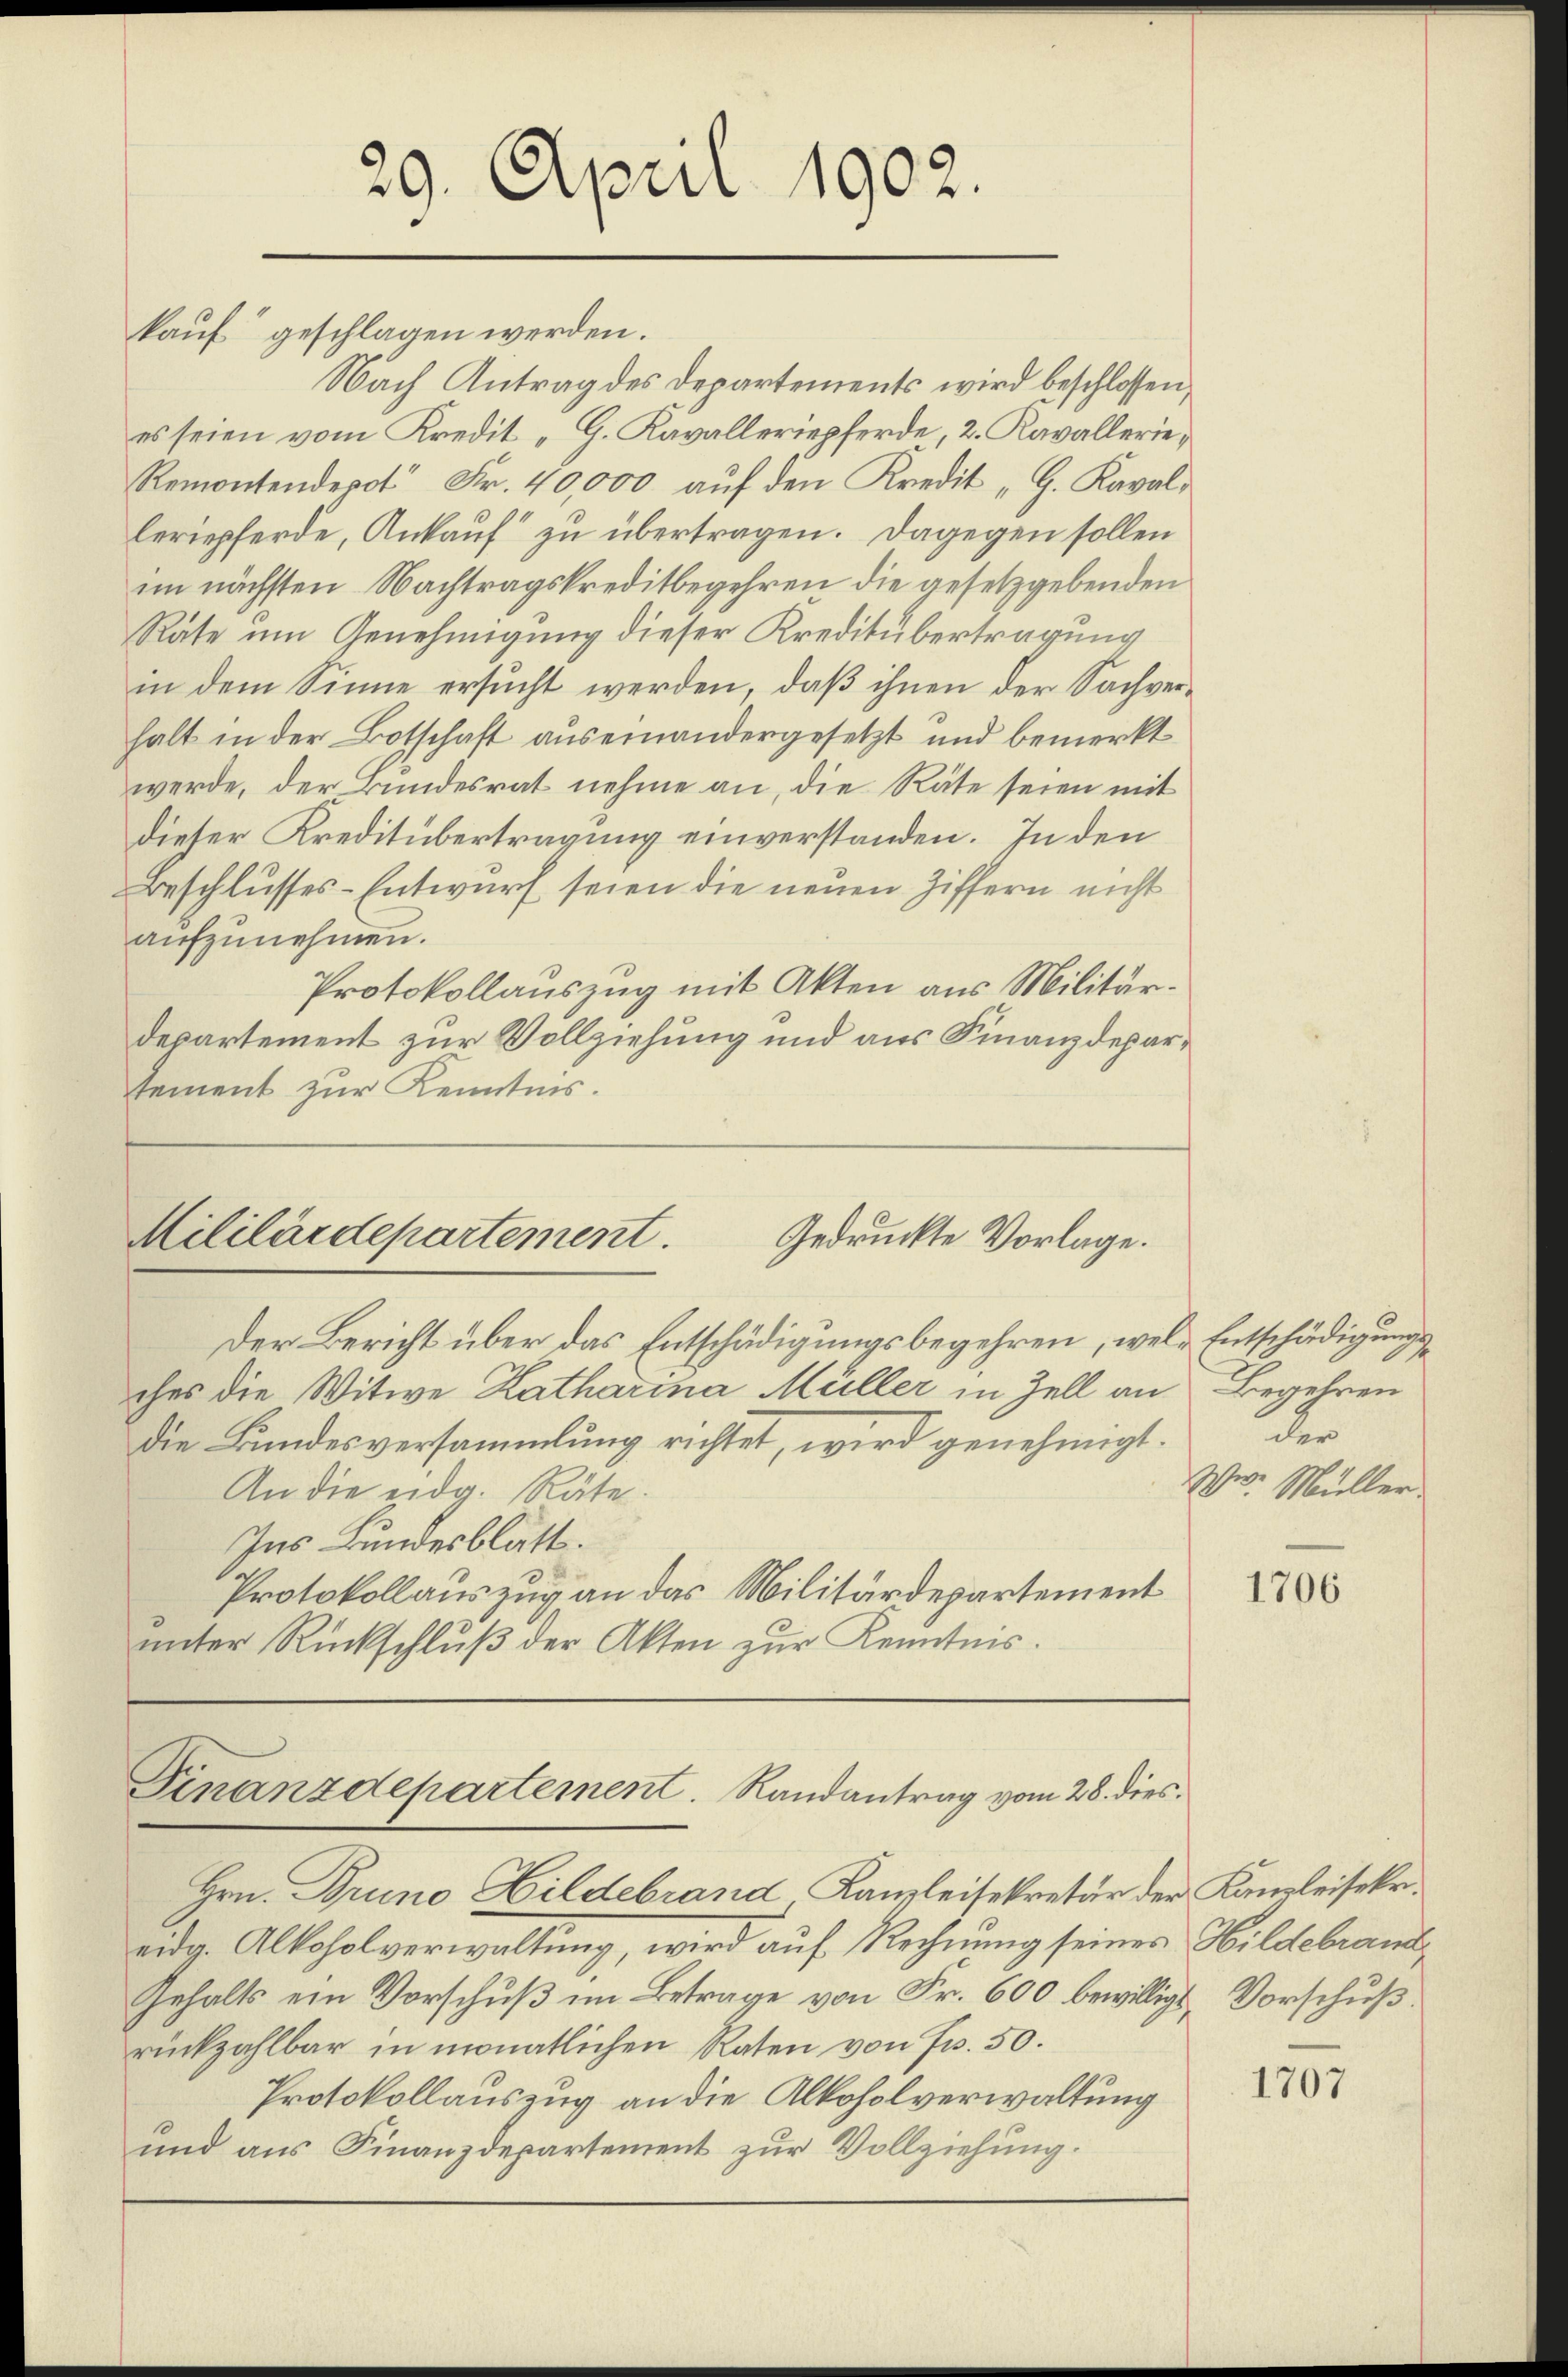
29. April 1902.

kauf“ geschlagen werden.
Nach Antrag des Departements wird beschlossen,
es seien vom Kredit „G. Kavalleriepferde, 2. Kavallerie,
Remontendepot Fr. 40,000 aŭf den Kredit "G. Kaval-
leriepferde, Ankauf zu übertragen. Dagegen sollen
im nächsten Nachtragskreditbegehren die gesetzgebenden
Rate um Genehmigung dieser Kreditübertragung
in dem Sinne ersucht werden, daß ihnen der Sachverhalt in der Botschaft auseinandergesetzt und bemerkt
werde, der Bundesrat nehme an, die Räte seien mit
dieser Kreditübertragung einverstanden. In den
Beschlusses-Entwurf seien die neuen Ziffern nicht
aufzunehmen.
Protokollauszug mit Akten aus Militärdepartement zur Vollziehung und aus Finanzdepartement zur Kenntnis.

Mililärdepartement.
Gedruckte Vorlage.

Der Bericht über das Entschädigungsbegehren, wele Entschädigungsches die Witwe Katharina Müller in Zell an Begehren
die Bundesversammlung richtet, wird genehmigt. Der
An die eidg. Räte.
Ins Bundesblätt.
Protokollauszug an das Militärdepartement
unter Rückschluß der Akten zur Kenntnis.

Finanzdepartement. Randantrag vom 28. dies

Hrn. Bruno Hildebrand Kanzleisekretär der Kanzleisekr.
eidg. Alkoholverwaltung, wird auf Rechnung seines Hildebrand,
Gehalts ein Vorschuß im Betrage von Fr. 600 bewilligs Vorschuß
rückzahlbar in monatlichen Raten von Fr. 50.
Protokollauszug an die Alkoholverwaltung
und aus Finanzdepartement zur Vollziehung.

.
W. Müller.

1706

1707